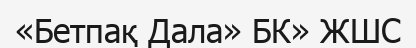
«Бетпақ Дала» БК» ЖШС